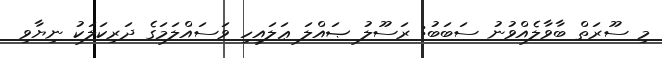
މި ސޫރަތް ބާވާލެއްވުނު ސަބަބު: ރަސޫލު ޞައްލަ ޢަލައިހި ވަސައްލަމަގެ ދަރިކަލަކު ނިޔާވި